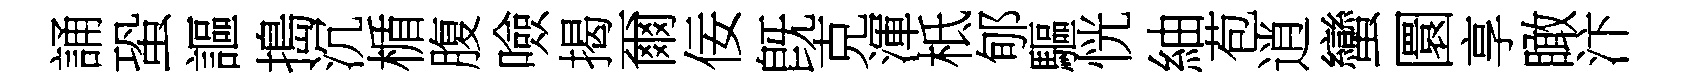
誦蛩謳搗沉楯腹噞揭爾佞旣克渾柢郇驅恍紬苞逍蠻圜享瞰汴